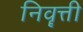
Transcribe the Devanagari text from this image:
निवॄत्ती